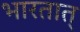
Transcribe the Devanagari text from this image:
भारतात्